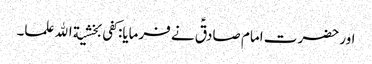
اور حضرت امام صادقؑ نے فرمایا:کفی بخشیة الله علما۔